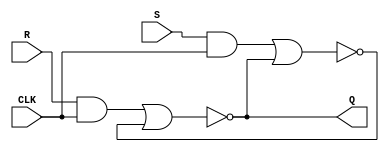
module Latch_RS(CLK, R, S, Q);
	input 	CLK, R, S;
	output 	Q;
	wire 		Ri, Si, Qa, Qb /*synthesis keep*/;

	assign 	Ri = R & CLK;
	assign 	Si = S & CLK;
	assign 	Qa = ~(Ri | Qb);
	assign 	Qb = ~(Si | Qa);
	assign 	Q  = Qa;

endmodule